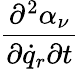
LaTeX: \frac{\partial^{2}\alpha_{\nu}}{\partial{\dot{q}}_{r}\partial t}